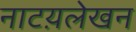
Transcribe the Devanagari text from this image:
नाटय़लेखन